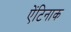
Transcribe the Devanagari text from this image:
ऐंटिनाक